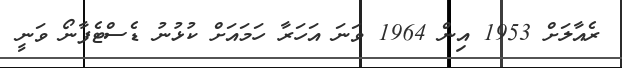
ރެއާލަށް 1953 އިން 1964 ވަނަ އަހަރާ ހަމައަށް ކުޅުނު ޑެސްޓެފާނޯ ވަނީ